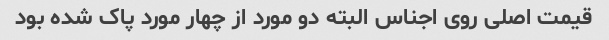
قیمت اصلی روی اجناس البته دو مورد از چهار مورد پاک شده بود